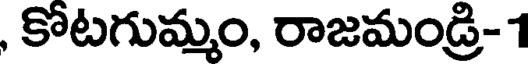
, కోటగుమ్మం, రాజమండ్రి-1